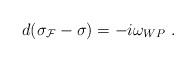
LaTeX: \begin{align*}d(\sigma_{\cal F} - \sigma) = -i\omega_{WP}~.\end{align*}